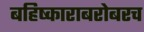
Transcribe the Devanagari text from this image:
बहिष्काराबरोबरच